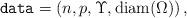
LaTeX: \begin{align*}\texttt{data} = \left(n,p,\Upsilon,\mathrm{diam}(\Omega)\right),\end{align*}